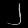
Digit: ၂